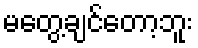
မတွေ့ချင်တော့ဘူး